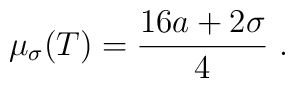
\mu_{\sigma}(T) = \frac{16a + 2 \sigma}{4} \ .